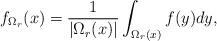
LaTeX: \begin{align*}f_{\Omega_r}(x)=\frac{1}{|\Omega_r(x)|}\int_{\Omega_r(x)}f(y)dy,\end{align*}